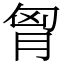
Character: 胷